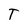
Character: T